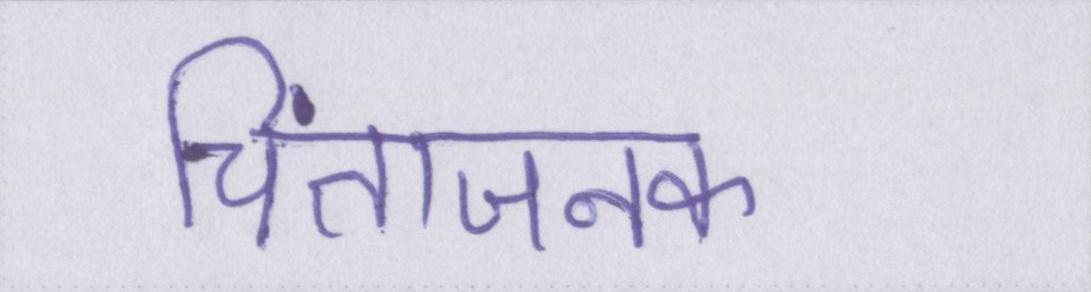
चिंताजनक